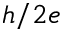
h / 2 e